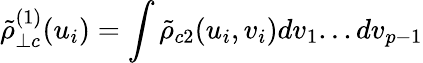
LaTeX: {\tilde{\rho}}_{\perp c}^{(1)}(u_{i})=\int{\tilde{\rho}}_{c2}(u_{i},v_{i})dv_{1}...dv_{p-1}